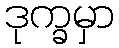
ဒုက္ခမှာ